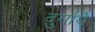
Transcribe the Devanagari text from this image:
दुर्गायै